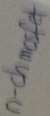
Text: n-chmosfet